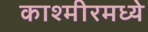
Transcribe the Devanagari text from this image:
काश्‍मीरमध्ये